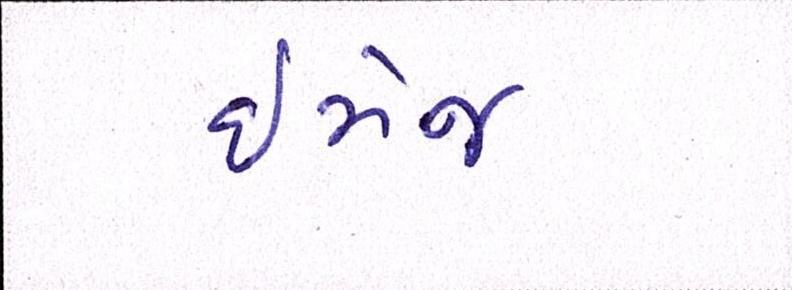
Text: ઇમેજ